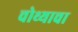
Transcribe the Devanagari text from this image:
चोथ्याचा